Report on the bubonic plague in Bombay, 1896-1897
Year: 1896
Disease focus: Plague
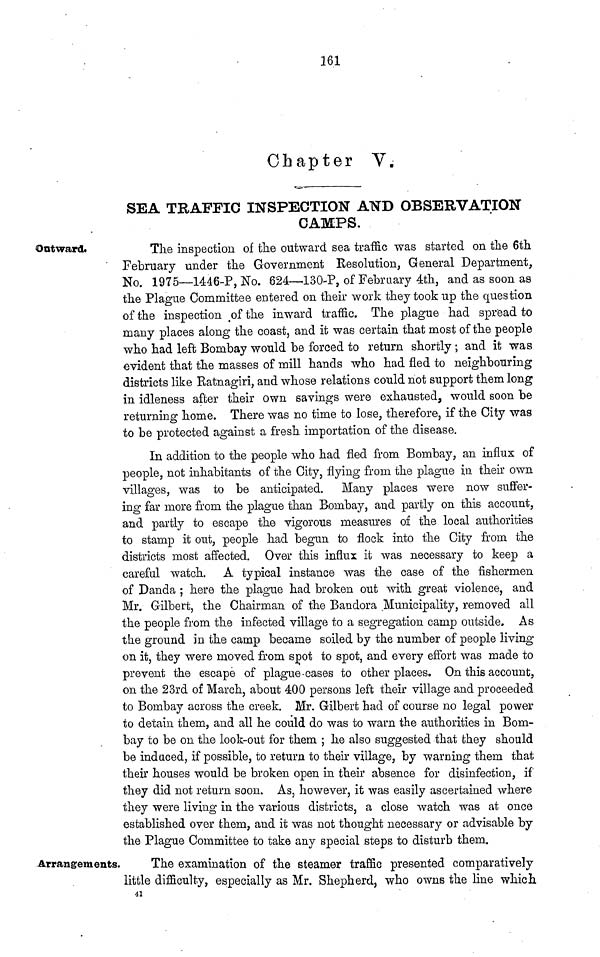
161
Chapter V.
SEA TRAFFIC INSPECTION AND OBSERVATION
CAMPS.
Outward.
The inspection of the outward sea traffic was started on the 6th
February under the Government Resolution, General Department,
No. 1975—1446-P, No. 624—130-P, of February 4th, and as soon as
the Plague Committee entered on their work they took up the question
of the inspection of the inward traffic. The plague had spread to
many places along the coast, and it was certain that most of the people
who had left Bombay would be forced to return shortly ; and it was
evident that the masses of mill hands who had fled to neighbouring
districts like Ratnagiri, and whose relations could not support them long
in idleness after their own savings were exhausted, would soon be
returning home. There was no time to lose, therefore, if the City was
to be protected against a fresh importation of the disease.
In addition to the people who had fled from Bombay, an influx of
people, not inhabitants of the City, flying from the plague in their own
villages, was to be anticipated. Many places were now suffer-
ing far more from, the plague than Bombay, and partly on this account,
and partly to escape the vigorous measures of the local authorities
to stamp it out, people had begun to flock into the City from the
districts most affected. Over this influx it was necessary to keep a
careful watch. A typical instance was the case of the fishermen
of Danda ; here the plague had broken out with great violence, and
Mr. Gilbert, the Chairman of the Bandora Municipality, removed all
the people from the infected village to a segregation camp outside. As
the ground in the camp became soiled by the number of people living
on it, they were moved from spot to spot, and every effort was made to
prevent the escape of plague-cases to other places. On this account,
on the 23rd of March, about 400 persons left their village and proceeded
to Bombay across the creek. Mr. Gilbert had of course no legal power
to detain them, and all he could do was to warn the authorities in Bom-
bay to be on the look-out for them ; he also suggested that they should
be induced, if possible, to return to their village, by warning them that
their houses would be broken open in their absence for disinfection, if
they did not return soon. As, however, it was easily ascertained where
they were living in the various districts, a close watch was at once
established over them, and it was not thought necessary or advisable by
the Plague Committee to take any special steps to disturb them.
Arrangements.
The examination of the steamer traffic presented comparatively
little difficulty, especially as Mr. Shepherd, who owns the line which.
41